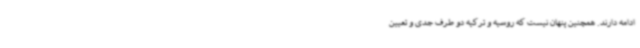
ادامه دارند. همچنین پنهان نیست که روسیه و ترکیه دو طرف جدی و تعیین